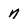
Character: N